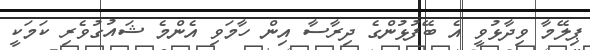
ޕިލޭމާ ވިދާޅުވީ އެ ބޭފުޅުންގެ ދިރާސާ އިން ހާމަވި އެންމެ ޝައުގުވެރި ކަމަކީ